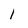
Character: 1